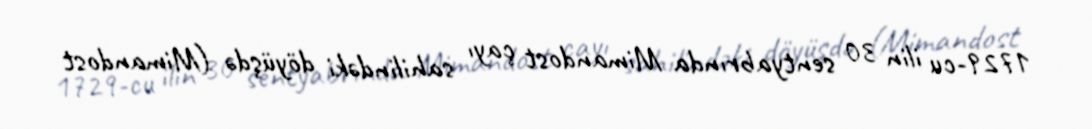
1729-cu ilin 30 sentyabrında Mimandost çayı sahilindəki döyüşdə (Mimandost